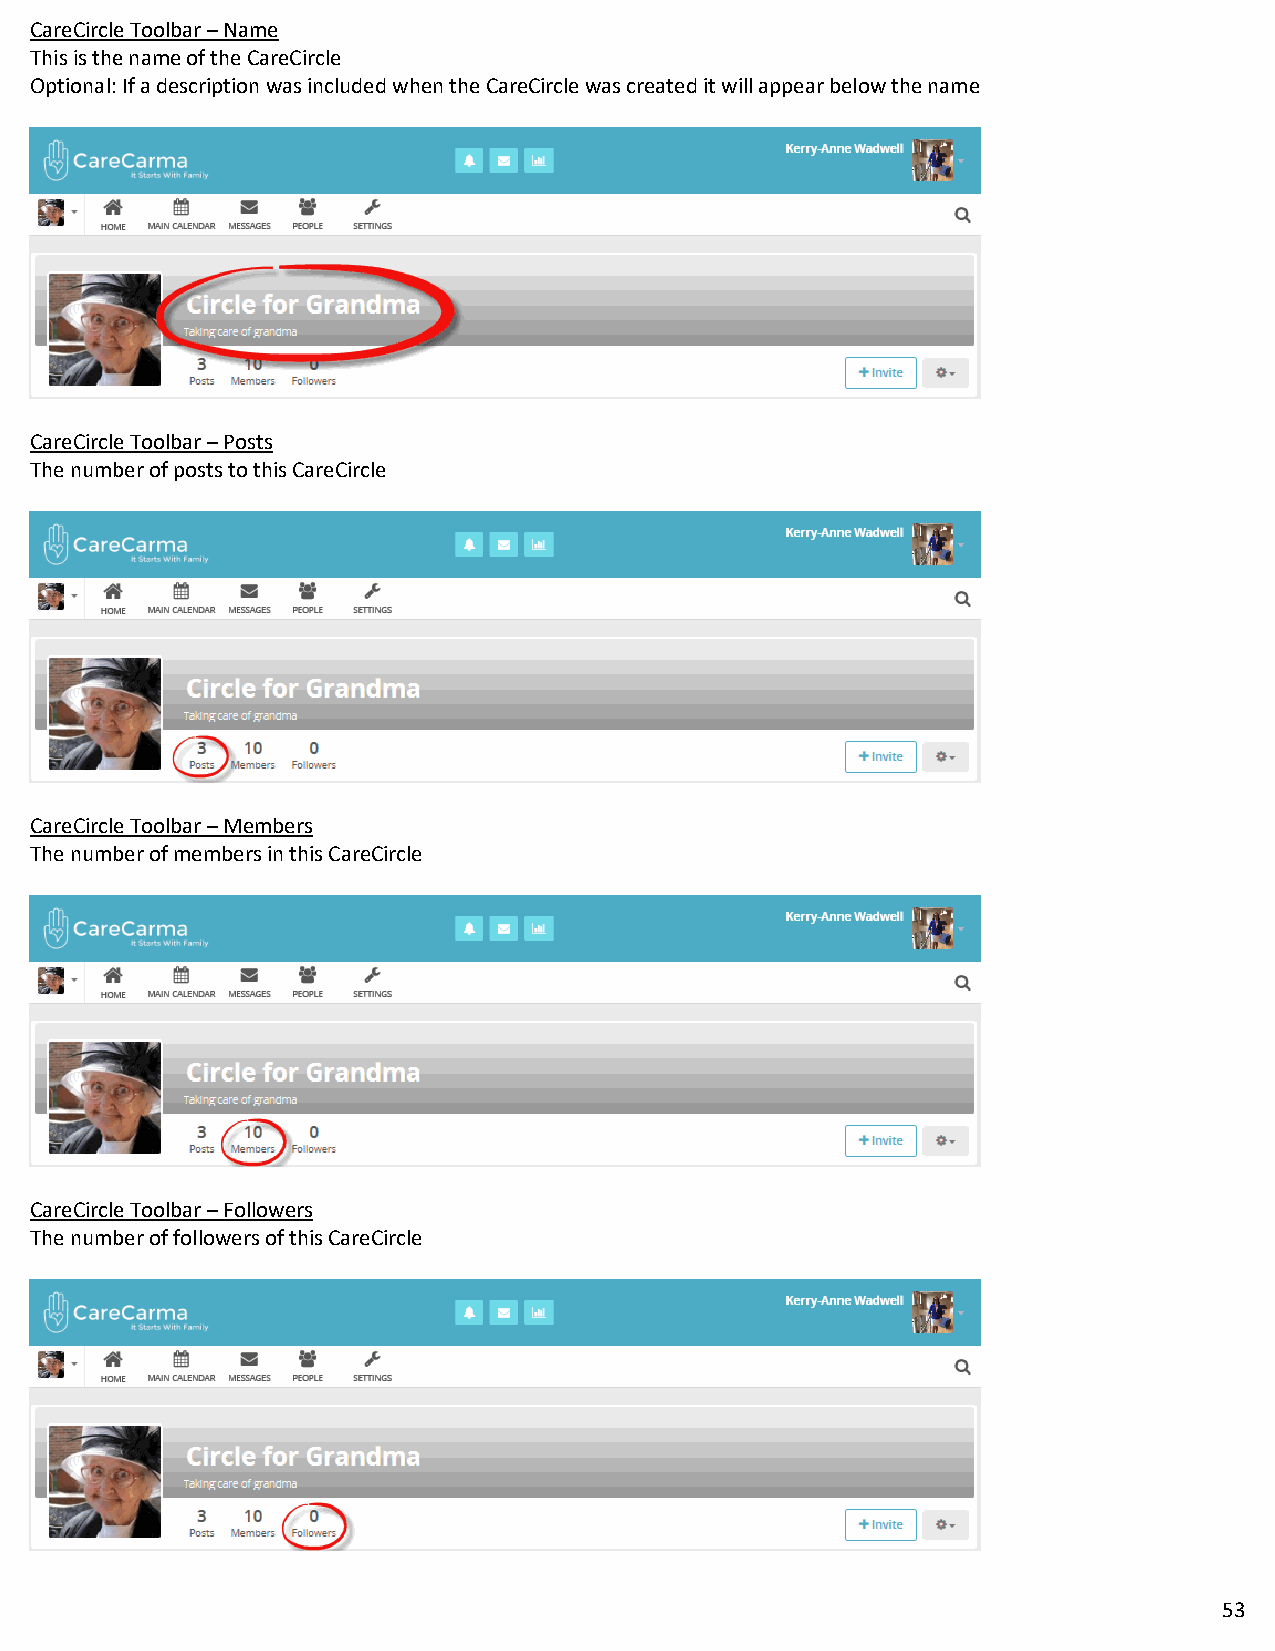
CareCircle Toolbar – Name
 This is the name of the CareCircle
 Optional: If a description was included when the CareCircle was created it will appear below the name
 CareCircle Toolbar – Posts
 The number of posts to this CareCircle
 CareCircle Toolbar – Members
 The number of members in this CareCircle
 CareCircle Toolbar – Followers
 The number of followers of this CareCircle
 53